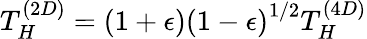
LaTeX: T_{H}^{(2D)}=(1+\epsilon){(1-\epsilon)}^{1/2}T_{H}^{(4D)}